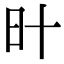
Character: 旪